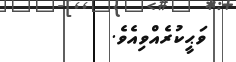
ވަޙީކުރެއްވިއެވެ.